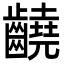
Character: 䶧